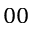
0 0